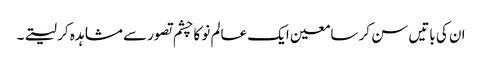
ان کی باتیں سن کر سامعین ایک عالم نو کا چشم تصور سے مشاہدہ کر لیتے۔